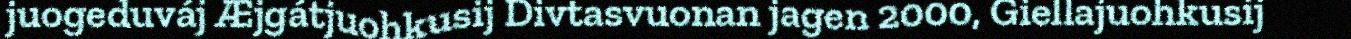
juogeduváj Æjgátjuohkusij Divtasvuonan jagen 2000, Giellajuohkusij